Trukikaitis_Postimees, lk 94
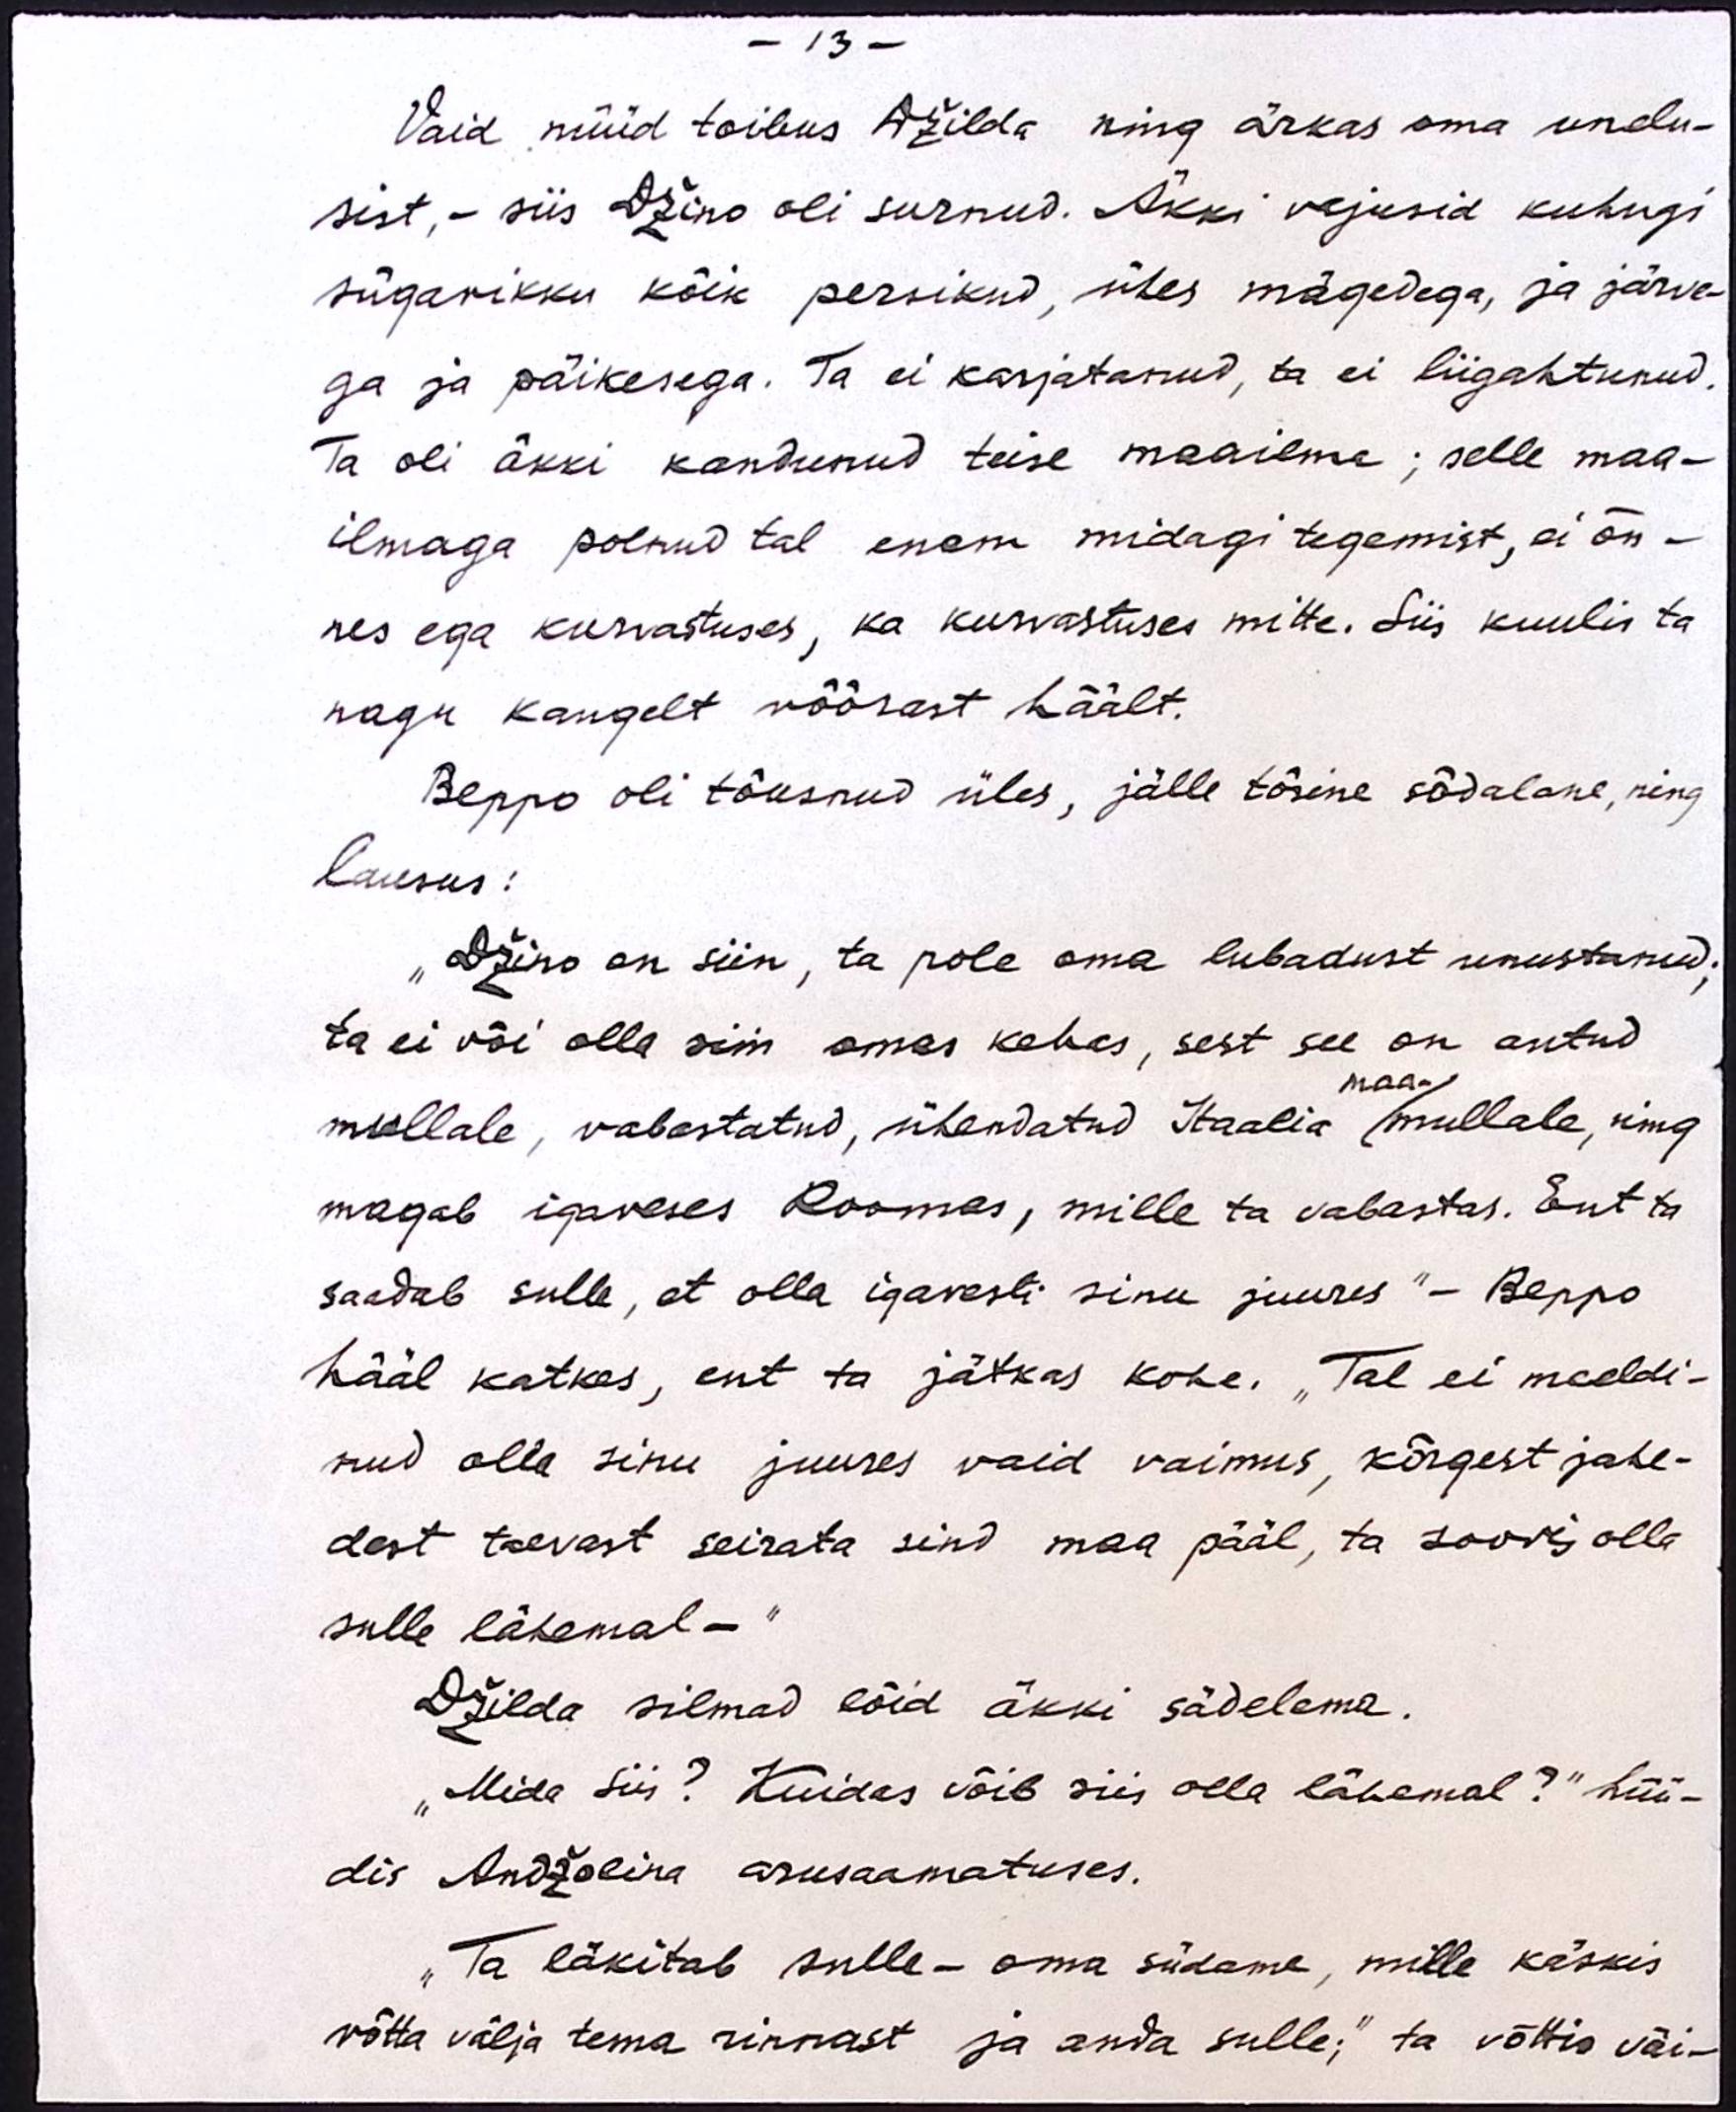
- 13 -
Vaid nüüd toibus Džilda ning ärkas oma unelu-
sist, - siis Džino oli surnud. Äkki vajusid kuhugi
sügavikku kõik persikud, ühes mägedega, ja järve-
ga ja päikesega. Ta ei karjatanud, ta ei liigahtunud.
Ta oli äkki kandunud teise maailma; selle maa-
ilmaga polnud tal enam midagi tegemist, ei õn-
nes ega kurvastuses, ka kurvastuses mitte. Siis kuulis ta
nagu kaugelt võõrast häält.
Beppo oli tõusnud üles, jälle tõsine sõdalane, ning
lausus:
"Džino on siin, ta pole oma lubadust unustanud;
ta ei või olla siin omas kehas, sest see on antud
maa-
mullale, vabastatud, ühendatud Itaalia (mullale, ning
magab igaveses Roomas, mille ta vabastas. Ent ta
saadab sulle, et olla igavesti sinu juures" - Beppo
hääl katkes, ent ta jätkas kohe. „Tal ei meeldi-
nud olla sinu juures vaid vaimus, kõrgest jahe-
dast taevast seirata sind maa pääl, ta soovis olla
sulle lähemal - "
Džilda silmad lõid äkki sädelema.
"Mida siis? Kuidas võib siis olla lähemal?" hüü-
dis Andžolina arusaamatuses.
"Ta läkitab sulle - oma südame, mille käskis
võtta välja tema rinnast ja anda sulle," ta võttis väi-